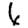
Digit: 6